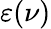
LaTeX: \varepsilon(\nu)